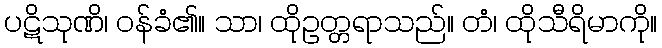
ပဋိသုဏိ၊ ဝန်ခံ၏။ သာ၊ ထိုဥတ္တရာသည်။ တံ၊ ထိုသီရိမာကို။